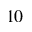
1 0